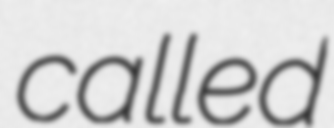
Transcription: called